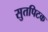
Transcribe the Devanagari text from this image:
सुतपिटक